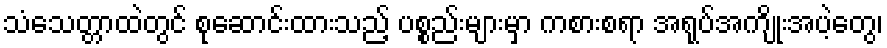
သံသေတ္တာထဲတွင် စုဆောင်းထားသည့် ပစ္စည်းများမှာ ကစားစရာ အရုပ်အကျိုးအပဲ့တွေ၊